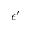
\epsilon ^ { \prime }